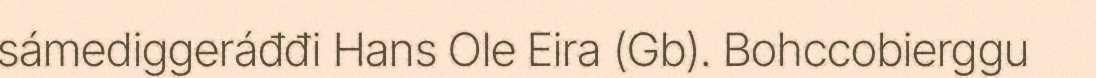
sámediggeráđđi Hans Ole Eira (Gb). Bohccobierggu